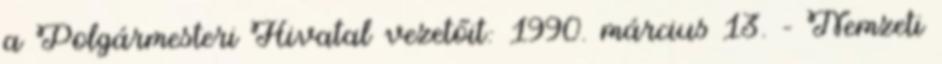
a Polgármesteri Hivatal vezetőit: 1990. március 13. – Nemzeti